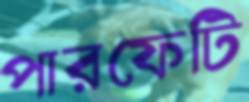
পারফেটি